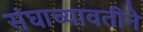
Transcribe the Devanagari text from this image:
संघाच्यावतीने